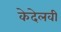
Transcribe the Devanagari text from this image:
केदेलवी